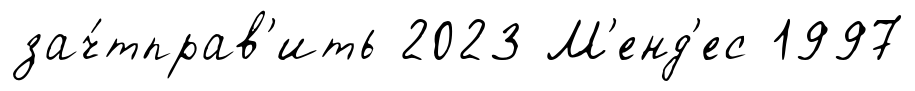
зач́тправ'ить 2023 М'енд'ес 1997